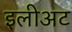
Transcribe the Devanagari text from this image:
इलीअट